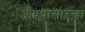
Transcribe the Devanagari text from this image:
औषधासारखा